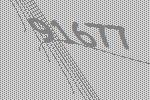
91677